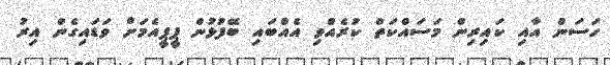
ހަސަން އާއި ކައިރިން މަސައްކަތް ކުރެއްވި އެއްބައި ބޭފުޅުން ޕީޕީއެމަށް ވަޑައިގެން އިރު